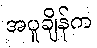
အပူချိန်က